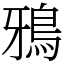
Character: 鴉